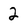
Character: 2